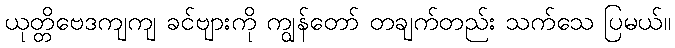
ယုတ္တိဗေဒကျကျ ခင်ဗျားကို ကျွန်တော် တချက်တည်း သက်သေ ပြမယ်။